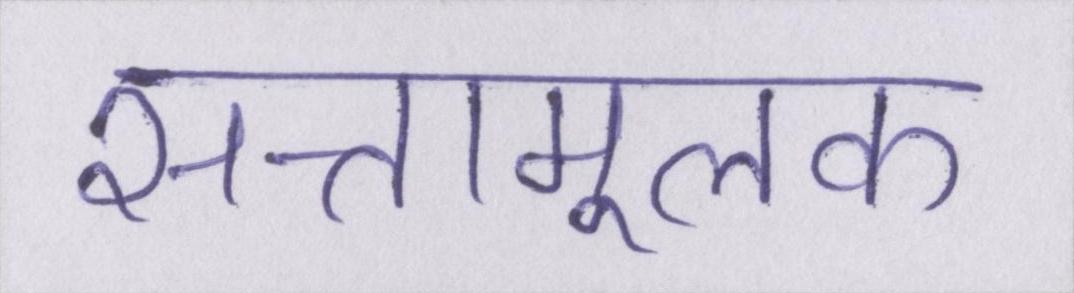
सत्तामूलक